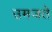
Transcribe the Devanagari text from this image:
उमजते